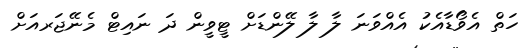
ހަތް އެވޯޑާއެކު އެއްވަނަ ލާ ލާ ލޭންޑަށް ޓީވީން ދަ ނައިޓް މެނޭޖަރއަށް